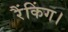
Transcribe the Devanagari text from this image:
रैंकिंग।